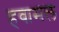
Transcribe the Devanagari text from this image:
हवामल